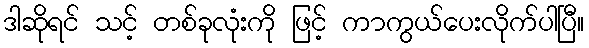
ဒါဆိုရင် သင့် တစ်ခုလုံးကို ဖြင့် ကာကွယ်ပေးလိုက်ပါပြီ။